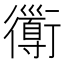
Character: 𧘄